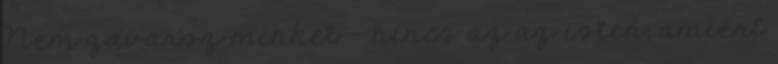
Nem zavarsz minket - nincs az az isten, amiért